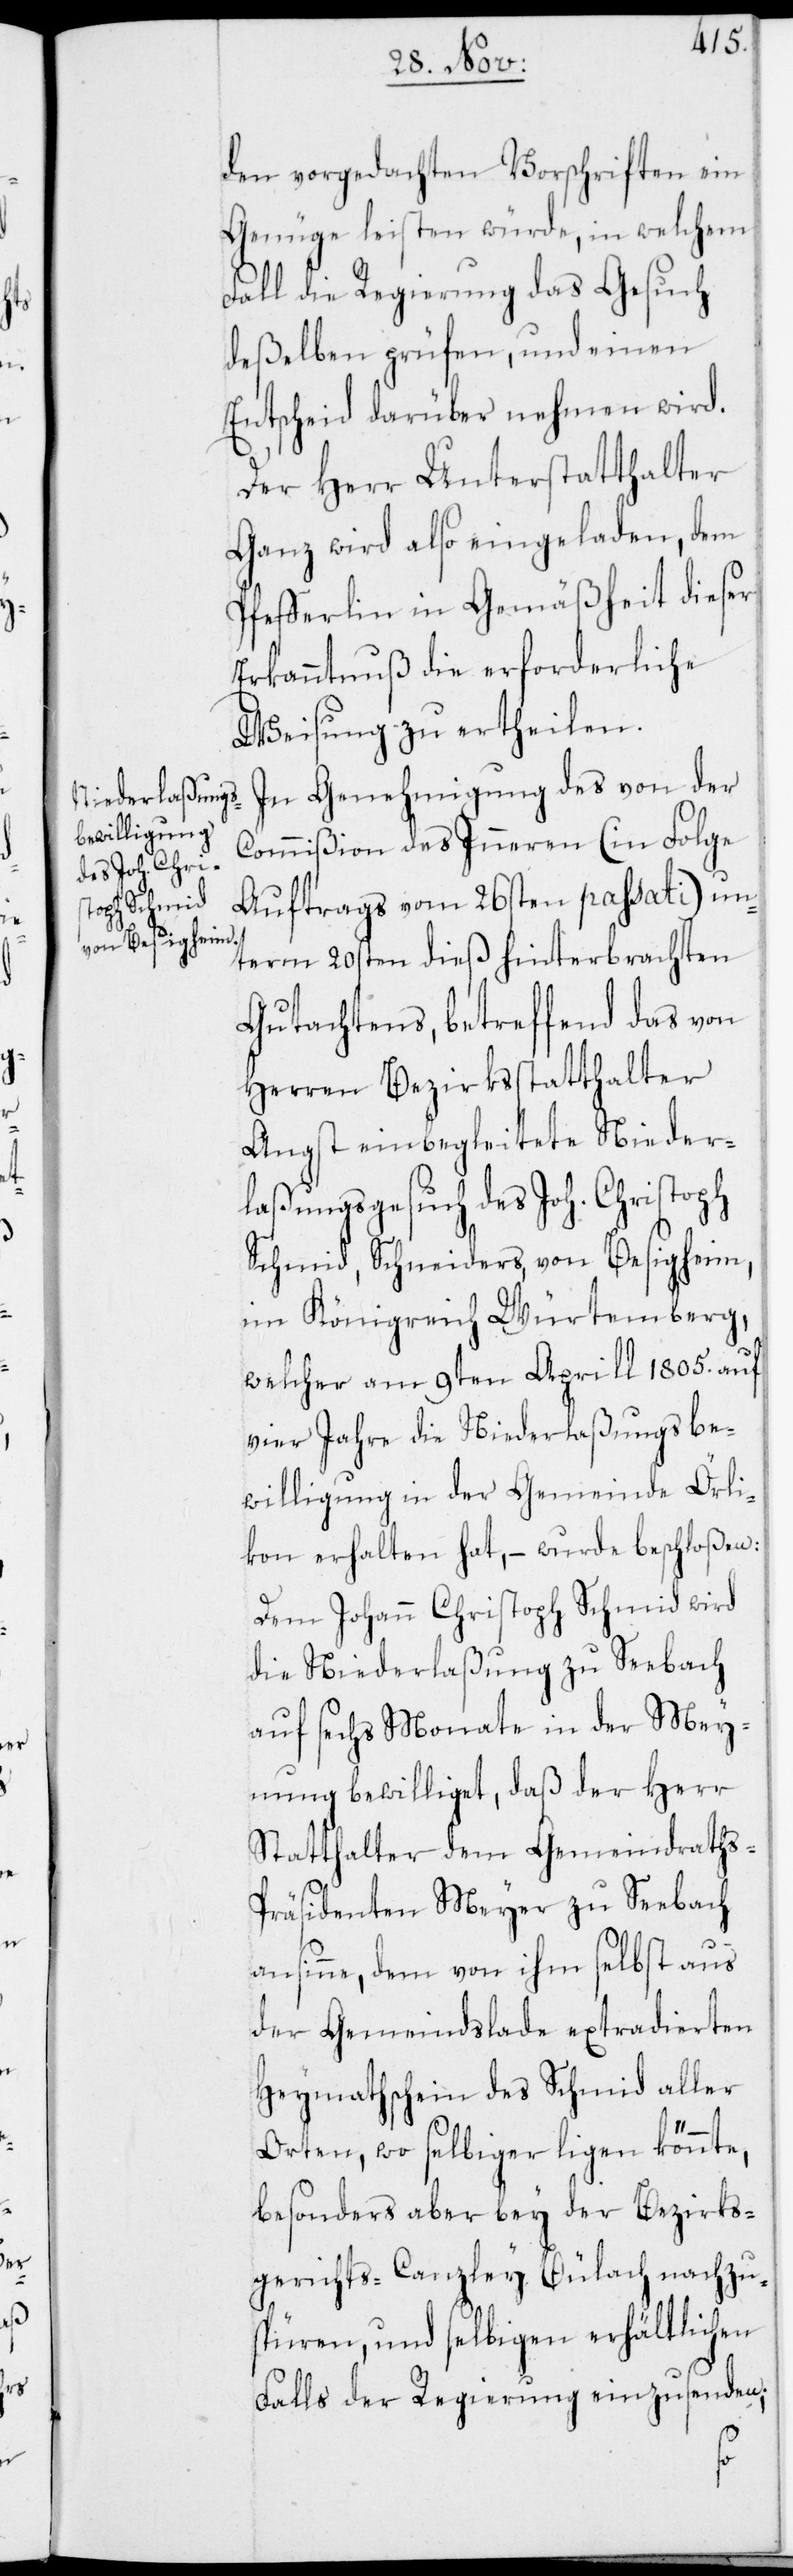
den vorgedachten Vorschriften ein
Genügen leisten würde, in welchem
Fall die Regierung das Gesuch
deßelben prüfen, und einen
Entscheid darüber nehmen wird.
Der Herr Unterstatthalter
Ganz wird also eingeladen, dem
Pfefferlin in Gemäßheit dieser
Erkanntnuß die erforderliche
Weisung zu ertheilen.
In Genehmigung des von der
Commißion des Inneren (in Folge
Auftrags vom 26sten passati) un¬
term 20sten dieß hinterbrachten
Gutachtens, betreffend das von
Herren Bezirksstatthalter
Angst einbegleitete Nieder¬
laßungsgesuch des Joh. Christoph
Schmid, Schneiders, von Besigheim
im Königreich Würtemberg,
welcher am 9ten Aprill 1805. auf
vier Jahre die Niederlaßungsbe¬
willigung in der Gemeinde Örli¬
kon erhalten hat, – wurde beschloßen:
Dem Johann Chrisoph Schmid wird
die Niederlaßung zu Seebach
auf sechs Monate in der Mey¬
nung bewilliget, daß der Herr
Statthalter dem Gemeindraths-P¬
räsidenten Meyer zu Seebach
ansinne, dem von ihm selbst aus
der Gemeindslade extradierten
Heymathschein des Schmid aller
Orten, wo selbiger ligen könnte,
besonders aber bey der Bezirks¬
gerichts-Canzley Bülach nachzu¬
spüren, und selbigen erhältlichen
Falls der Regierung einzusenden,